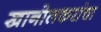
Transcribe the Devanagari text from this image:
खानोलकरांचा